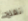
تفلح